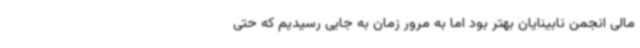
مالی انجمن نابینایان بهتر بود اما به مرور زمان به جایی رسیدیم که حتی